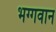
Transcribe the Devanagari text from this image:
भग्गवान